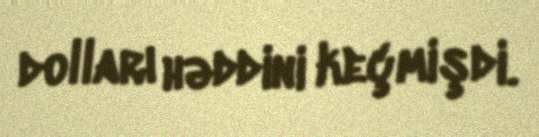
dolları həddini keçmişdi.